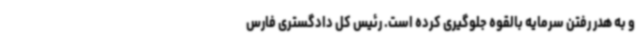
و به هدر رفتن سرمایه بالقوه جلوگیری کرده است. رئیس کل دادگستری فارس